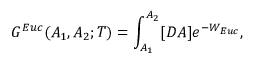
G ^ { E u c } ( A _ { 1 } , A _ { 2 } ; T ) = \int _ { A _ { 1 } } ^ { A _ { 2 } } [ D A ] e ^ { - W _ { E u c } } ,